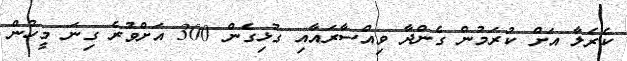
ކެރެލާ އަށް ކުރަމުން ގެންދާ ވިއްސާރައާއި ގުޅިގެން 300 އަށްވުރެ ގިނަ މީހުން